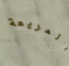
المريعة